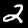
Digit: 2